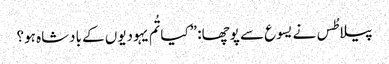
‏ پیلاطُس نے یسوع سے پوچھا:‏ ”‏کیا تُم یہودیوں کے بادشاہ ہو؟